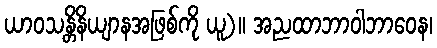
ယာဝသန္တိနိယျာနအဖြစ်ကို ယူ)။ အညထာဘာဝါဘာဝေန၊